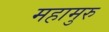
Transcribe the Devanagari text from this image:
महामुरु